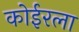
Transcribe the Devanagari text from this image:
कोईरला